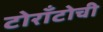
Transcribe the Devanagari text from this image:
टोराँटोची